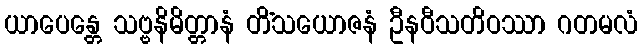
ယာပေန္တေ သဗ္ဗနိမိတ္တာနံ တိံသယောဇနံ ဦနဝီသတိဝဿာ ဂတမလံ